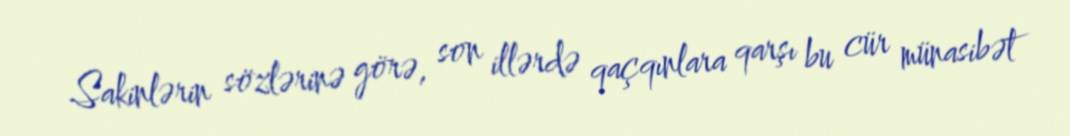
Sakinlərin sözlərinə görə, son illərdə qaçqınlara qarşı bu cür münasibət